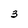
Character: 3